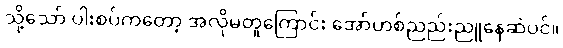
သို့သော် ပါးစပ်ကတော့ အလိုမတူကြောင်း အော်ဟစ်ညည်းညူနေဆဲပင်။